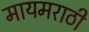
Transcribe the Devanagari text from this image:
मायमराठी